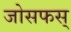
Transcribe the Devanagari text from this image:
जोसफस्